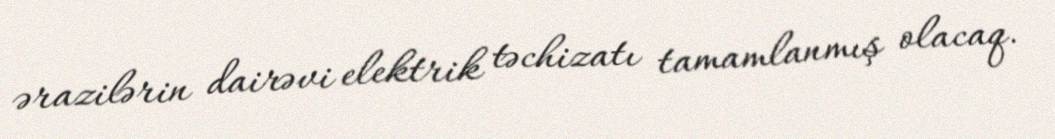
ərazilərin dairəvi elektrik təchizatı tamamlanmış olacaq.